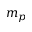
m _ { p }